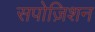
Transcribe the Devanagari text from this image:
सपोज़िशन